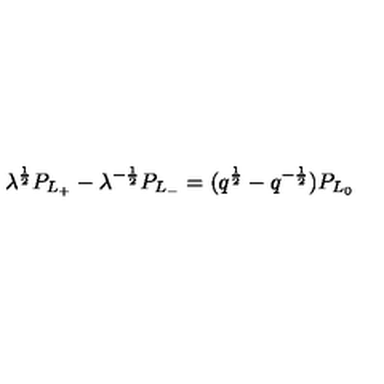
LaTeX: \lambda ^ { \frac { 1 } { 2 } } P _ { L _ { + } } - \lambda ^ { - { \frac { 1 } { 2 } } } P _ { L _ { - } } = ( q ^ { \frac { 1 } { 2 } } - q ^ { - { \frac { 1 } { 2 } } } ) P _ { L _ { 0 } }